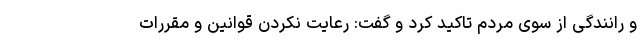
و رانندگی از سوی مردم تاکید کرد و گفت: رعایت نکردن قوانین و مقررات